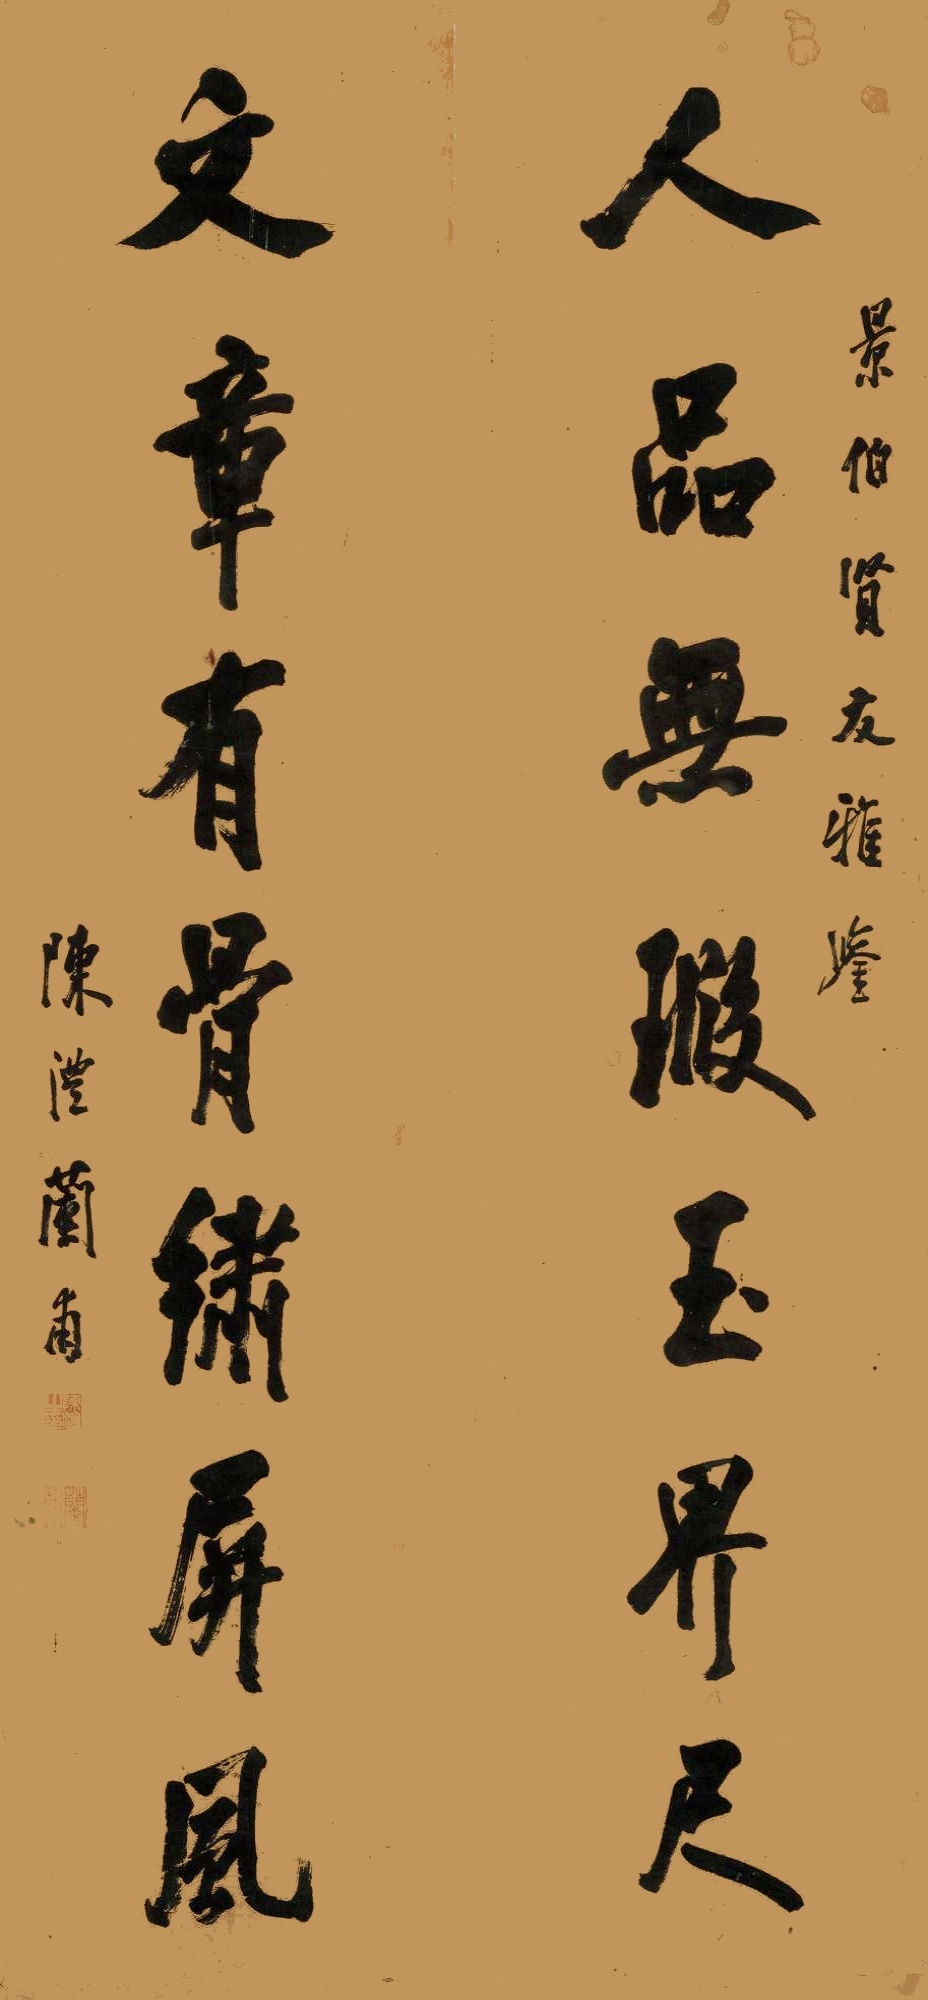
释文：人品无瑕玉界尺，文章有骨绣屏风。景伯贤友雅鉴，陈沣兰甫。